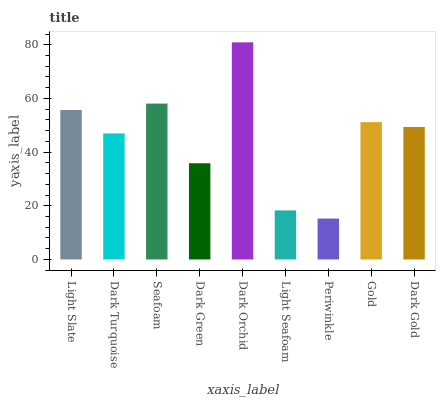
| xaxis_label | bars |
 | --- | --- |
 | Light Slate | 55.7 |
 | Dark Turquoise | 47 |
 | Seafoam | 58.1 |
 | Dark Green | 35.8 |
 | Dark Orchid | 80.9 |
 | Light Seafoam | 18.3 |
 | Periwinkle | 15.2 |
 | Gold | 51.2 |
 | Dark Gold | 49.4 |